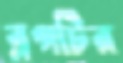
ব্লগটির